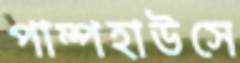
পাম্পহাউসে